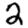
Digit: 2